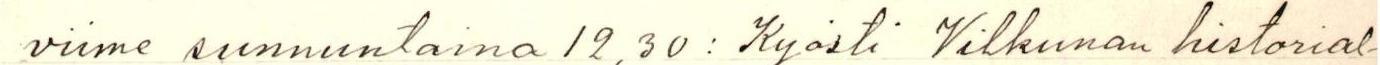
viime sunnuntaina 12,30: Kyösti Vilkunan historial-